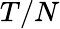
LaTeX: T/N